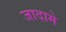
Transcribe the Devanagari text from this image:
जादामे